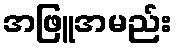
အဖြူအမည်း